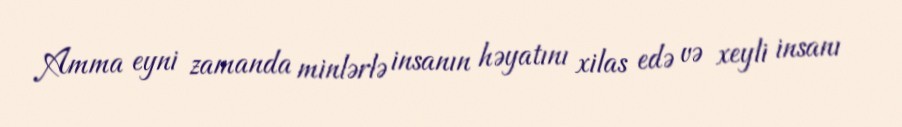
Amma eyni zamanda minlərlə insanın həyatını xilas edə və xeyli insanı